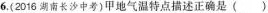
6.(2016湖南长沙中考)甲地气温特点描述正确是( )